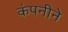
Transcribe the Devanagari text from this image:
कंपनीने